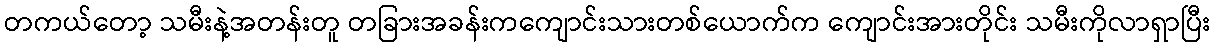
တကယ်တော့ သမီးနဲ့အတန်းတူ တခြားအခန်းကကျောင်းသားတစ်ယောက်က ကျောင်းအားတိုင်း သမီးကိုလာရှာပြီး